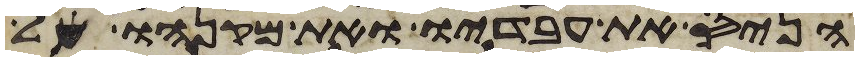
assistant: הניס את עבדיו ואת מקנהו אל